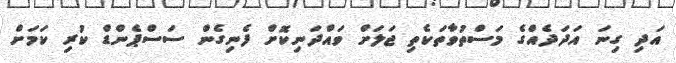
އަދި ގިނަ އަދަދެއްގެ މަސްތުވާތަކެތި ޖަލަށް ވައްދަނިކޮށް ފެނިގެން ސަސްޕެންޑް ކުރި ކަމަށް